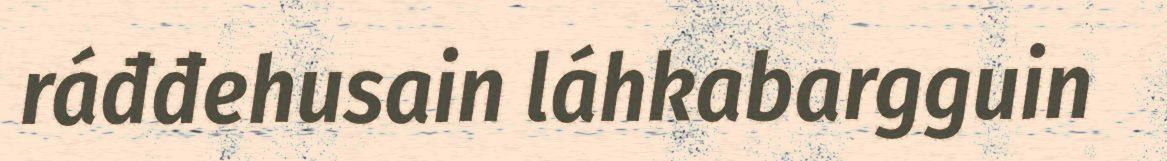
ráđđehusain láhkabargguin